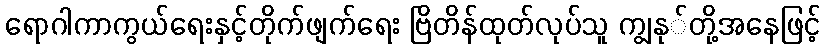
ရောဂါကာကွယ်ရေးနှင့်တိုက်ဖျက်ရေး ဗြိတိန်ထုတ်လုပ်သူ ကျွနု်တို့အနေဖြင့်